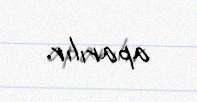
aparılır.